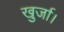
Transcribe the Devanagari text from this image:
खुर्जा।